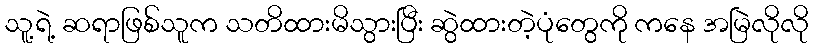
သူ့ရဲ့ ဆရာဖြစ်သူက သတိထားမိသွားပြီး ဆွဲထားတဲ့ပုံတွေကို ကနေ အမြဲလိုလို